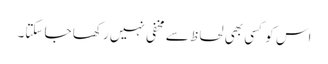
اس کو کسی بھی لحاظ سے مخفی نہیں رکھا جا سکتا۔